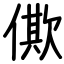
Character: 僛